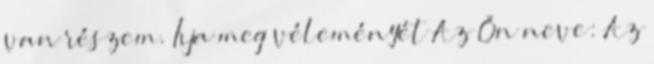
van részem. Írja meg véleményét Az Ön neve: Az